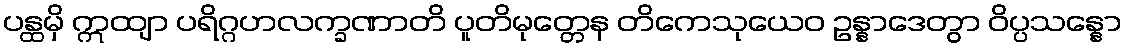
ပန္ထမှိ ဣထျာ ပရိဂ္ဂဟလက္ခဏာတိ ပူတိမုတ္တေန တိကေသုယေဝ ဥန္နာဒေတွာ ဝိပ္ပသန္နော